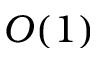
O ( 1 )